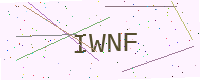
Text: IWNF